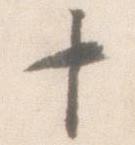
十